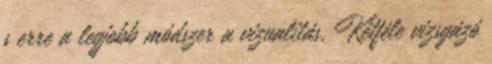
s erre a legjobb módszer a vizualitás. Kétféle vizsgázó